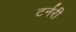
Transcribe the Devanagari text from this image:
टर्नरी